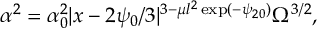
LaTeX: \alpha ^ { 2 } = \alpha _ { 0 } ^ { 2 } | x - 2 \psi _ { 0 } / 3 | ^ { 3 - \mu l ^ { 2 } \exp ( - \psi _ { 2 0 } ) } \Omega ^ { 3 / 2 } ,